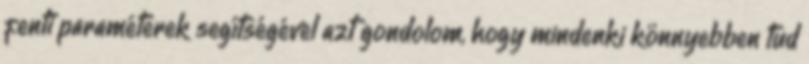
fenti paraméterek segítségével azt gondolom, hogy mindenki könnyebben tud